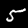
Digit: 5